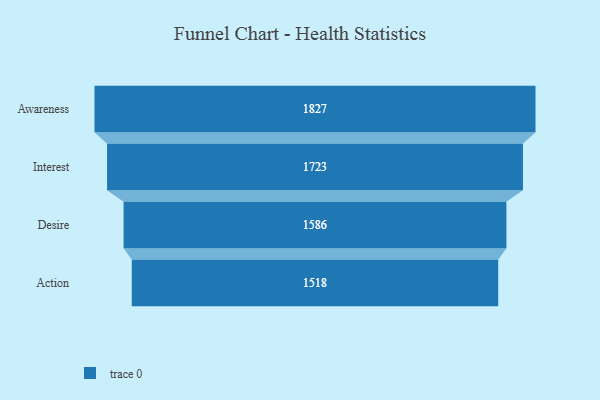
{"axis": {"x": "Stage", "y": "Value"}, "legend": [""], "data": [{"x": "Awareness", "y": 1827.0, "type": ""}, {"x": "Interest", "y": 1723.0, "type": ""}, {"x": "Desire", "y": 1586.0, "type": ""}, {"x": "Action", "y": 1518.0, "type": ""}]}